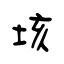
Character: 垓